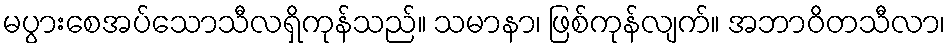
မပွားစေအပ်သောသီလရှိကုန်သည်။ သမာနာ၊ ဖြစ်ကုန်လျက်။ အဘာဝိတသီလာ၊